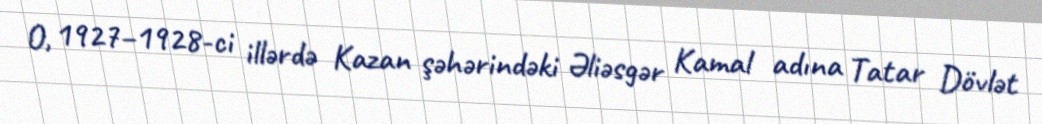
O, 1927–1928-ci illərdə Kazan şəhərindəki Əliəsgər Kamal adına Tatar Dövlət